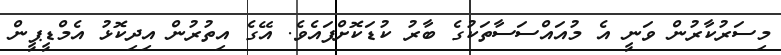
މިސަރުކާރުން ވަނީ އެ މުއައްސަސާތަކުގެ ބާރު ކުޑަކޮށްފައެވެ. އޭގެ އިތުރުން އިދިކޮޅު އެމްޑީޕީން